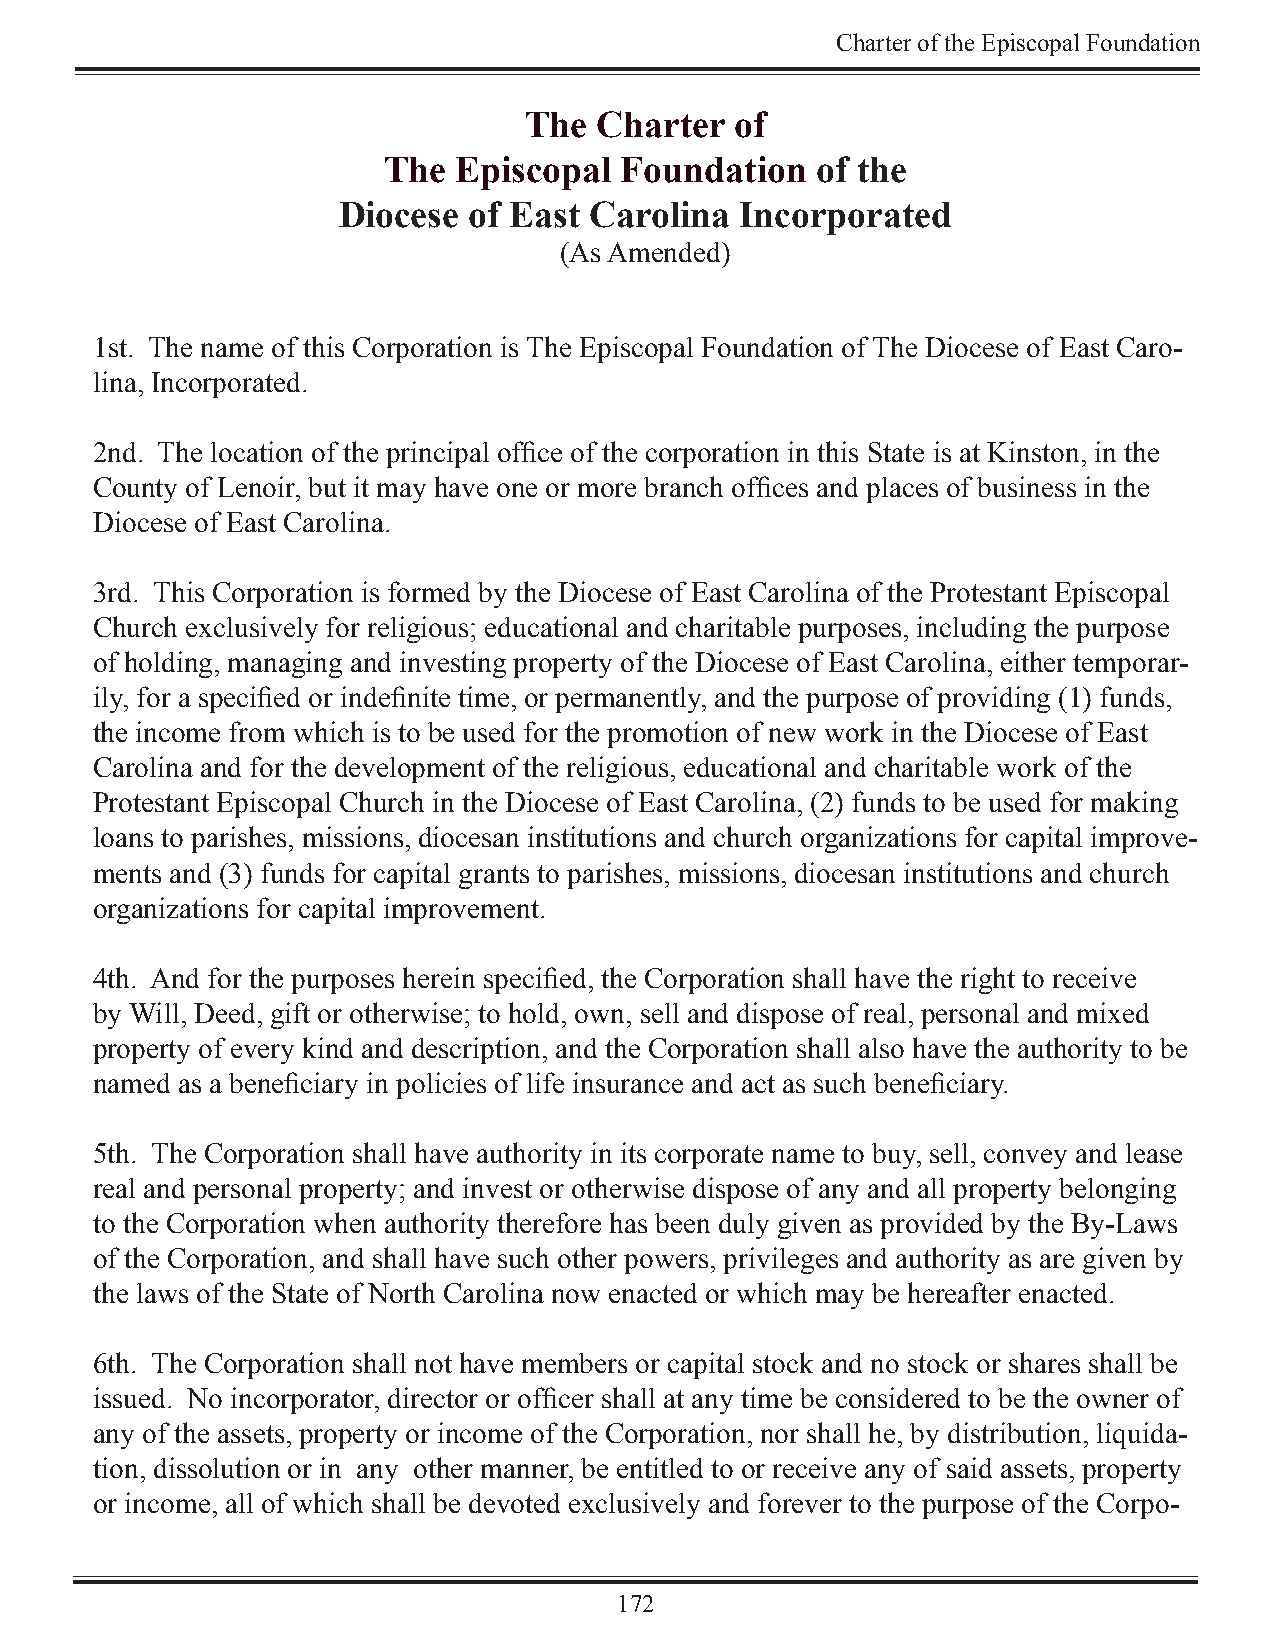
Charter of the Episcopal Foundation
 The  Charter  of
 The  Episcopal  Foundation   of the
 Diocese  of East Carolina  Incorporated
 (As Amended)
 1st. The name of this Corporation is The Episcopal Foundation of The Diocese of East Caro-
 lina, Incorporated.
 2nd. The location of the principal office of the corporation in this State is at Kinston, in the
 County of Lenoir, but it may have one or more branch offices and places of business in the
 Diocese of East Carolina.
 3rd. This Corporation is formed by the Diocese of East Carolina of the Protestant Episcopal
 Church exclusively for religious; educational and charitable purposes, including the purpose
 of holding, managing and investing property of the Diocese of East Carolina, either temporar-
 ily, for a specified or indefinite time, or permanently, and the purpose of providing (1) funds,
 the income from which is to be used for the promotion of new work in the Diocese of East
 Carolina and for the development of the religious, educational and charitable work of the
 Protestant Episcopal Church in the Diocese of East Carolina, (2) funds to be used for making
 loans to parishes, missions, diocesan institutions and church organizations for capital improve-
 ments and (3) funds for capital grants to parishes, missions, diocesan institutions and church
 organizations for capital improvement.
 4th. And for the purposes herein specified, the Corporation shall have the right to receive
 by Will, Deed, gift or otherwise; to hold, own, sell and dispose of real, personal and mixed
 property of every kind and description, and the Corporation shall also have the authority to be
 named as a beneficiary in policies of life insurance and act as such beneficiary.
 5th. The Corporation shall have authority in its corporate name to buy, sell, convey and lease
 real and personal property; and invest or otherwise dispose of any and all property belonging
 to the Corporation when authority therefore has been duly given as provided by the By-Laws
 of the Corporation, and shall have such other powers, privileges and authority as are given by
 the laws of the State of North Carolina now enacted or which may be hereafter enacted.
 6th. The Corporation shall not have members or capital stock and no stock or shares shall be
 issued. No incorporator, director or officer shall at any time be considered to be the owner of
 any of the assets, property or income of the Corporation, nor shall he, by distribution, liquida-
 tion, dissolution or in any other manner, be entitled to or receive any of said assets, property
 or income, all of which shall be devoted exclusively and forever to the purpose of the Corpo-
 172